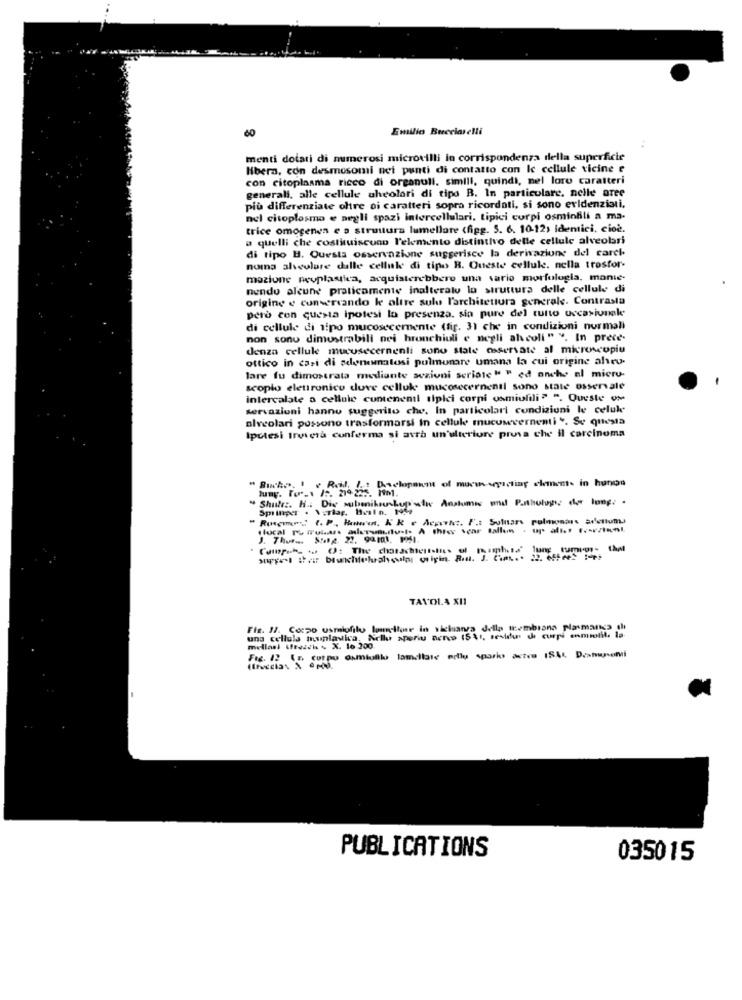
60
Emilio Bucciarelli
menti dotati di numerosi microvilli in corrispondenza della superficie
libera, con desmosomi nei punti di contatto con Ic cellule vicine e
con citoplasma ricco di organuli. simili, quindi, nel loro caratteri
generali, alle cellule ahcolori di tipo B. In particolare, nelle aree
più differenziate oltre si caratteri sopra ricordati, si sono evidenziati.
nel citoplosmo e negli spazi intercellulari, tipici corpi osminbili a ma-
trice omogenea e a struttura lumellore (figg. 5. 6. 1012) identici, cioè.
a quelli che costituiscono l'elemento distintivo delle cellule alveolari
di tipo B. Questa osservazione suggerisce la derivazione del carel.
noma alveolare dalle cellule di tipo B. Queste cellule. nella trosfor-
mazione peuplastica, acquisterebbero una sario morfologia, manic-
nendu alcune praticamente inalterato la struttura delle cellule di
origine e conservando le altre sulu l'architettura generale. Contrasta
pero con questa ipotesi lo presenza, sia pure del tutto occasionale
di cellule di ipo mucosecemente (fig. 31 che in condizioni normali
non sono dimustrabill nei bronchiuli e negli alcoli" ". In prece-
denza cellule mucosecernenti sono state osservate al microscopio
ottico in casi di adynamatosi pulmonare umana la cui origine alveo-
lare fu dimostrata mediante sezioni seriate " " ed onche al micro-
scopio elettronico duve cellul mucosecernenti sono state osservale
intercalate a cellule cuntenenil tipici corpi osmiofili ? ". Queste of
servazioni hanno suggerito che. In particolari condizioni le celule
alveolari possono trasformarsi in cellule mucuwevernenti ". Se questa
Ipotesi troverà conferma si avrà un'ulteriore prova che il carcinoma
: Daschoquent of muconsisting clemente in hunos
Shufez. H. Die wubmikroskop wthe Anatomie and Pathology, der long. .
Springer . \;ylag, Butn. 1969
Runemer: ". P. How'e. KR e Acrowhet. F .: Solnars pulmonars adetlums
J. Thoras Subg. 22. 92.101. 1961.
TAVOLA XII
Fis. 1/. Corpo usmiofilu lamelhor in sichuanza della membrana plasmancs di
una cellula munlavica. Nellu xperiu nerve 15%1, sestdu ch curpi enmolit. la-
mellasl (fresch > X. lo 200.
Fig. 12 (r. corpo Oumiulli lamellare molly sparks deze 1SAL D.museli
PUBLICATIONS
035015